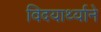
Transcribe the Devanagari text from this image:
विदयार्थ्‍याने